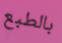
بالطبع